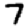
Digit: 7